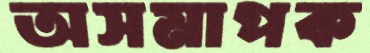
অসমাপক